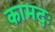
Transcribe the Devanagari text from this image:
कामदः